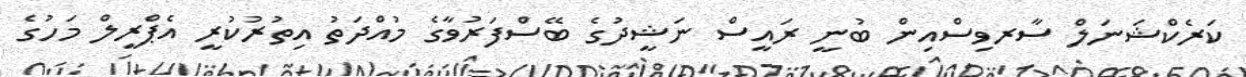
ކަރެކްޝަނަލް ސާރވިސްއިން ބުނީ ރައީސް ނަޝީދުގެ ބޭސްފަރުވާގެ މުއްދަތު އިތުރުކުރީ އެޕްރީލް މަހުގެ